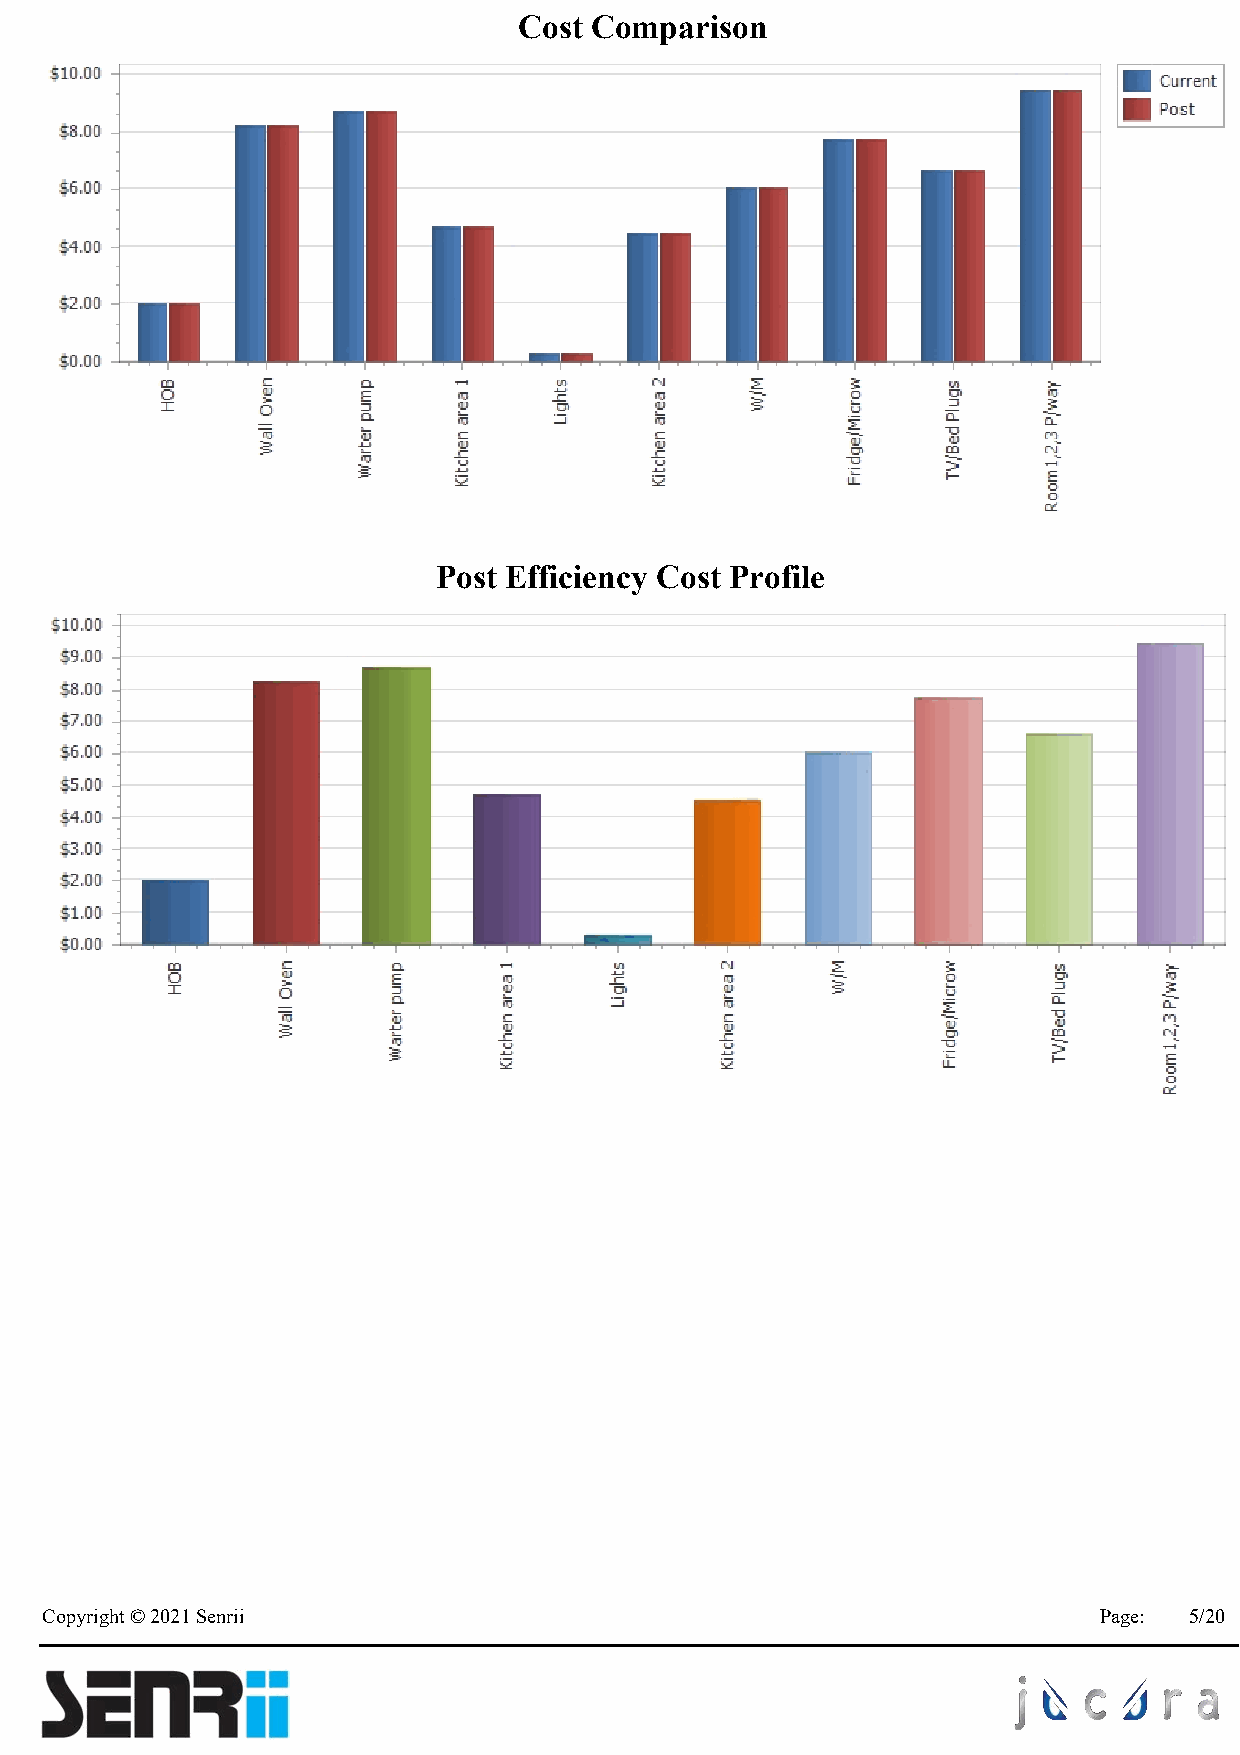
Cost Comparison
 Post Efficiency Cost Profile
 Copyright © 2021 Senrii                                               Page: 5/20